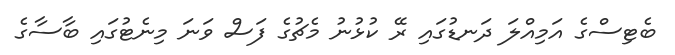
ބެޓިސްގެ އަމިއްލަ ދަނޑުގައި ރޭ ކުޅުނު މެޗުގެ ފަސް ވަނަ މިނެޓުގައި ބާސާގެ